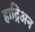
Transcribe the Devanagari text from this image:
हाद्रिअन